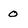
Character: o